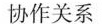
协作关系